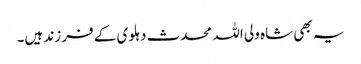
یہ بھی شاہ ولی اللہ محدث دہلوی کے فرزند ہیں۔